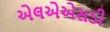
એલએએસડી